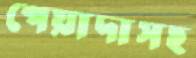
পেয়াদাসহ